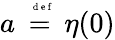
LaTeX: a\stackrel{\mathrm{~\tiny~{~d~e~f~}~}}{=}\eta(0)